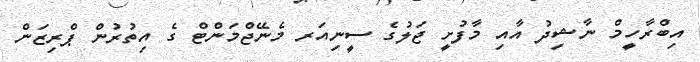
އިބްރާހީމް ނާޝިދު އާއި މާފުށީ ޖަލުގެ ސީނިއަރ މެނޭޖްމަންޓް ގެ އިތުރުން ޕްރިޒަން